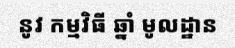
នូវ កម្មវិធី ឆ្នាំ មូលដ្ឋាន